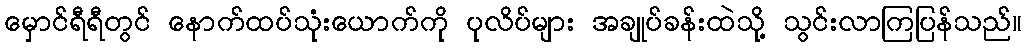
မှောင်ရီရီတွင် နောက်ထပ်သုံးယောက်ကို ပုလိပ်များ အချုပ်ခန်းထဲသို့ သွင်းလာကြပြန်သည်။